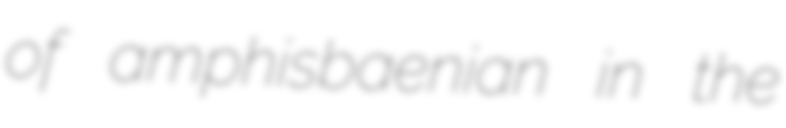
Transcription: of amphisbaenian in the